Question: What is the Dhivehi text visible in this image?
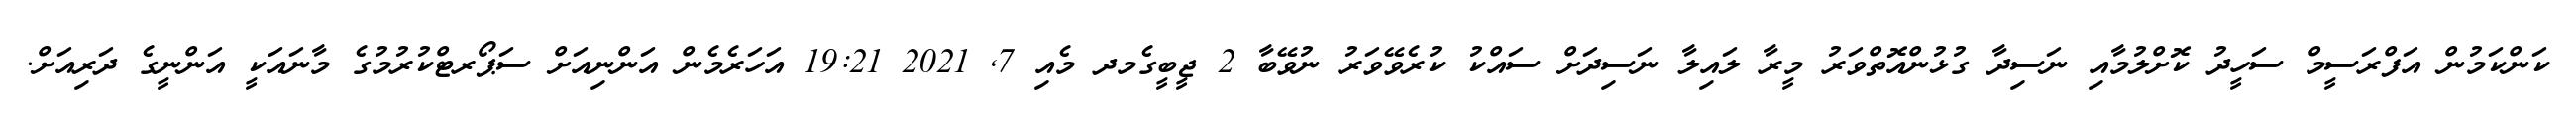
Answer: ކަންކަމުން އަފްރަސީމް ސަހީދު ކޮށްލުމާއި ނަސިދާ ގުޅުންއޮތްވަރު މީރާ ލައިލާ ނަސިދަށް ސައްކު ކުރެވޭވަރު ނުވޭބާ 2 ޖީބީގެމދ މެއި 7, 2021 19:21 އަހަރެމެން އަންނިއަށް ސަޕޯރޓްކުރުމުގެ މާނައަކީ އަންނީގެ ދަރިއަށް.